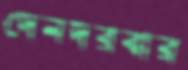
দেনদরবার